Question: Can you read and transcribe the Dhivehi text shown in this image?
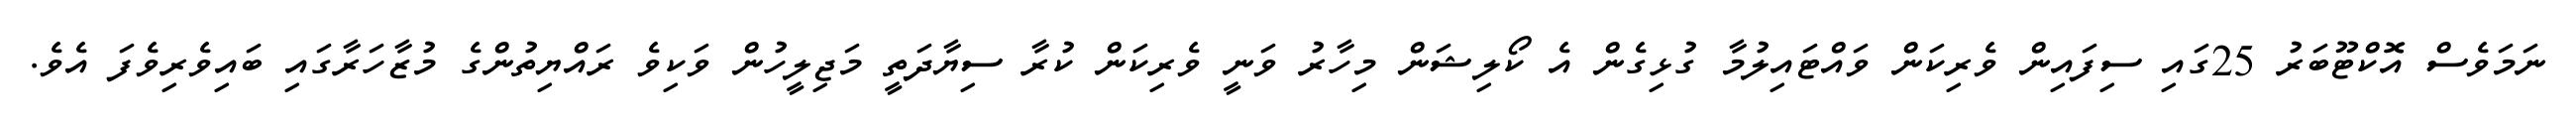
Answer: ނަމަވެސް އޮކްޓޫބަރު 25ގައި ސިފައިން ވެރިކަން ވައްޓައިލުމާ ގުޅިގެން އެ ކޯލިޝަން މިހާރު ވަނީ ވެރިކަން ކުރާ ސިޔާދަތީ މަޖިލީހުން ވަކިވެ ރައްޔިތުންގެ މުޒާހަރާގައި ބައިވެރިވެފަ އެވެ.